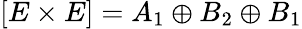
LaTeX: [E\times E]=A_{1}\oplus B_{2}\oplus B_{1}